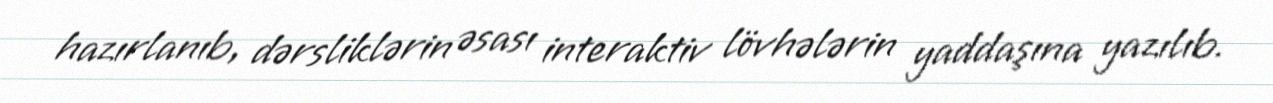
hazırlanıb, dərsliklərin əsası interaktiv lövhələrin yaddaşına yazılıb.